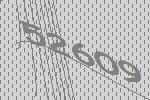
52609